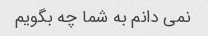
نمی دانم به شما چه بگویم